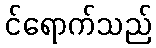
င်ရောက်သည်